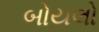
બોયલો